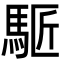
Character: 𩣕